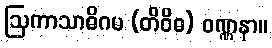
ဩကာသာဓိဂမ (တိဝိဓ) ဝဏ္ဏနာ။